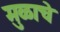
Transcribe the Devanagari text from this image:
मुळाचे